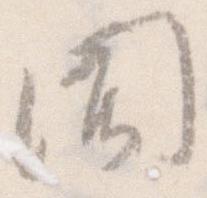
聞